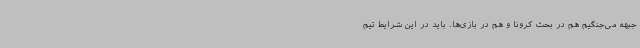
جبهه می‌جنگیم هم در بحث کرونا و هم در بازی‌ها. باید در این شرایط تیم